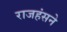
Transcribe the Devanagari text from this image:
राजहंसने